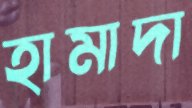
হামাদা